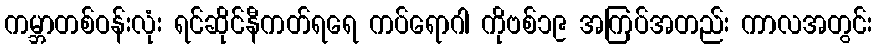
ကမ္ဘာတစ်ဝန်းလုံး ရင်ဆိုင်နီကတ်ရရေ ကပ်ရောဂါ ကိုဗစ်၁၉ အကြပ်အတည်း ကာလအတွင်း